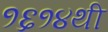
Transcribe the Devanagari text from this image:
१६१४थी